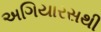
અગિયારસથી